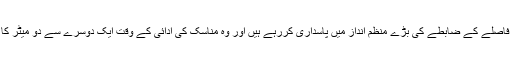
بالخصوص وہ سماجی فاصلے کے ضابطے کی بڑے منظم انداز میں پاسداری کررہے ہیں اور وہ مناسک کی ادائی کے وقت ایک دوسرے سے دو میٹر کا فاصلہ رکھ رہے ہیں۔